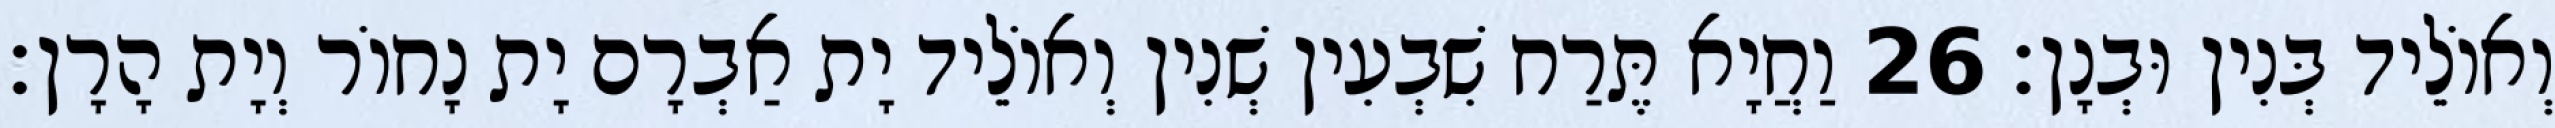
וְאוֹלֵיד בְּנִין וּבְנָן׃ 26 וַחֲיָא תֶּרַח שִׁבְעִין שְׁנִין וְאוֹלֵיד יָת אַבְרָם יָת נָחוֹר וְיָת הָרָן׃